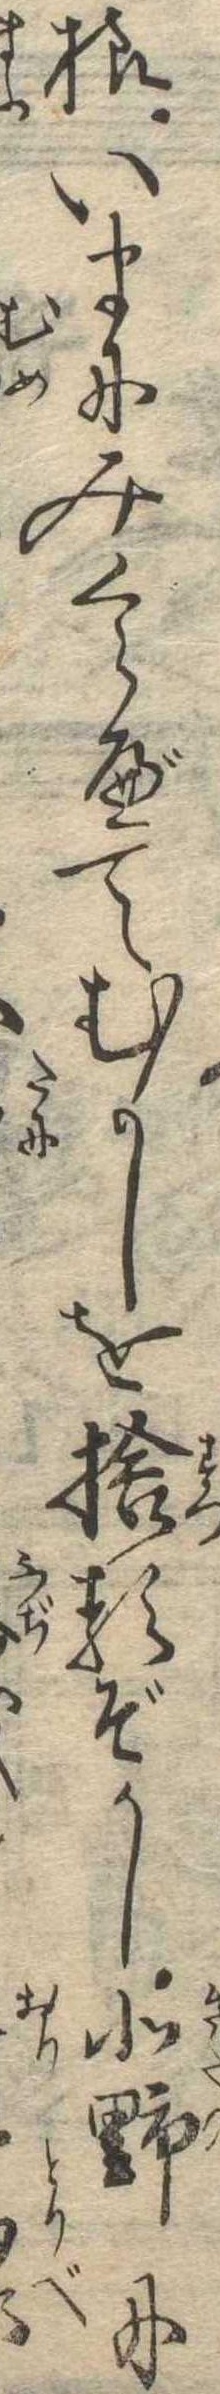
様いまにみくらべてむかしを捨るぞかし北野に